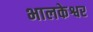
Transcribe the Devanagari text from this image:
भालकेश्वर